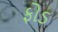
ફોડ